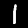
Label: 1